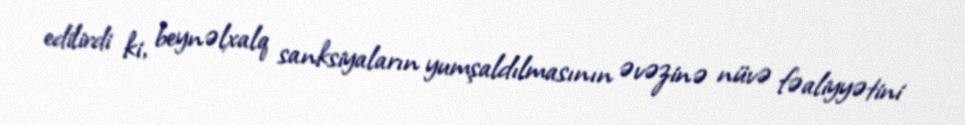
edilirdi ki, beynəlxalq sanksiyaların yumşaldılmasının əvəzinə nüvə fəaliyyətini